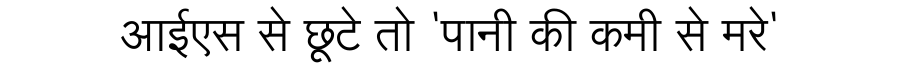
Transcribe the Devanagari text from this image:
आईएस से छूटे तो 'पानी की कमी से मरे'